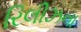
રિલીઝના